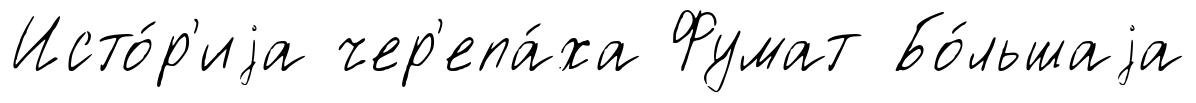
Исто́р'иjа чер'епа́ха Фумат Бо́льшаjа